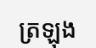
ត្រឡុង